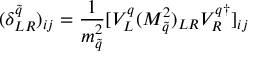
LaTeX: ( \delta _ { L R } ^ { \tilde { q } } ) _ { i j } = \frac { 1 } { m _ { \tilde { q } } ^ { 2 } } [ V _ { L } ^ { q } ( M _ { \tilde { q } } ^ { 2 } ) _ { L R } V _ { R } ^ { q \dagger } ] _ { i j }